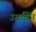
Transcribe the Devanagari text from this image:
उराविन